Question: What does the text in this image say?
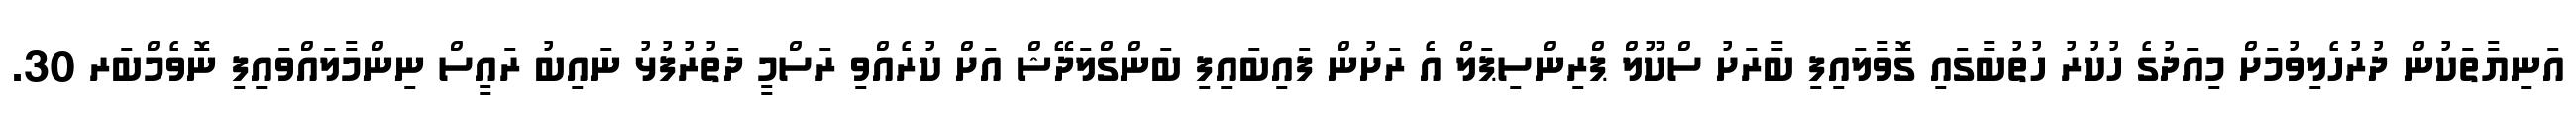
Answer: އަނިޔާތަކުން ދުރުހެލިވުމަށް މިއަދުގެ ހުކުރު ހުތުބާގައި ގޮވާލައިފި ބާރަށު ސްކޫލް ޕްރިންސިޕަލް އެ ރަށުން ފައިބައިފި ބަންގްލަދޭޝް އަށް ކުރެއްވި ރަސްމީ ދަތުރުފުޅު ނައިބު ރައީސް ނިންމާލައްވައިފި ނޮވެމްބަރ 30.